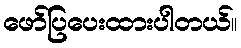
ဖော်ပြပေးထားပါတယ်။